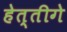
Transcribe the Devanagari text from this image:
हेत्तीगे